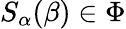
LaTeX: S_{\alpha}(\beta)\in\Phi